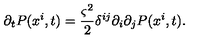
\partial _ { t } P ( x ^ { i } , t ) = \frac { \varsigma ^ { 2 } } { 2 } \delta ^ { i j } \partial _ { i } \partial _ { j } P ( x ^ { i } , t ) .